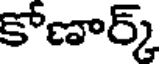
కోణార్క్